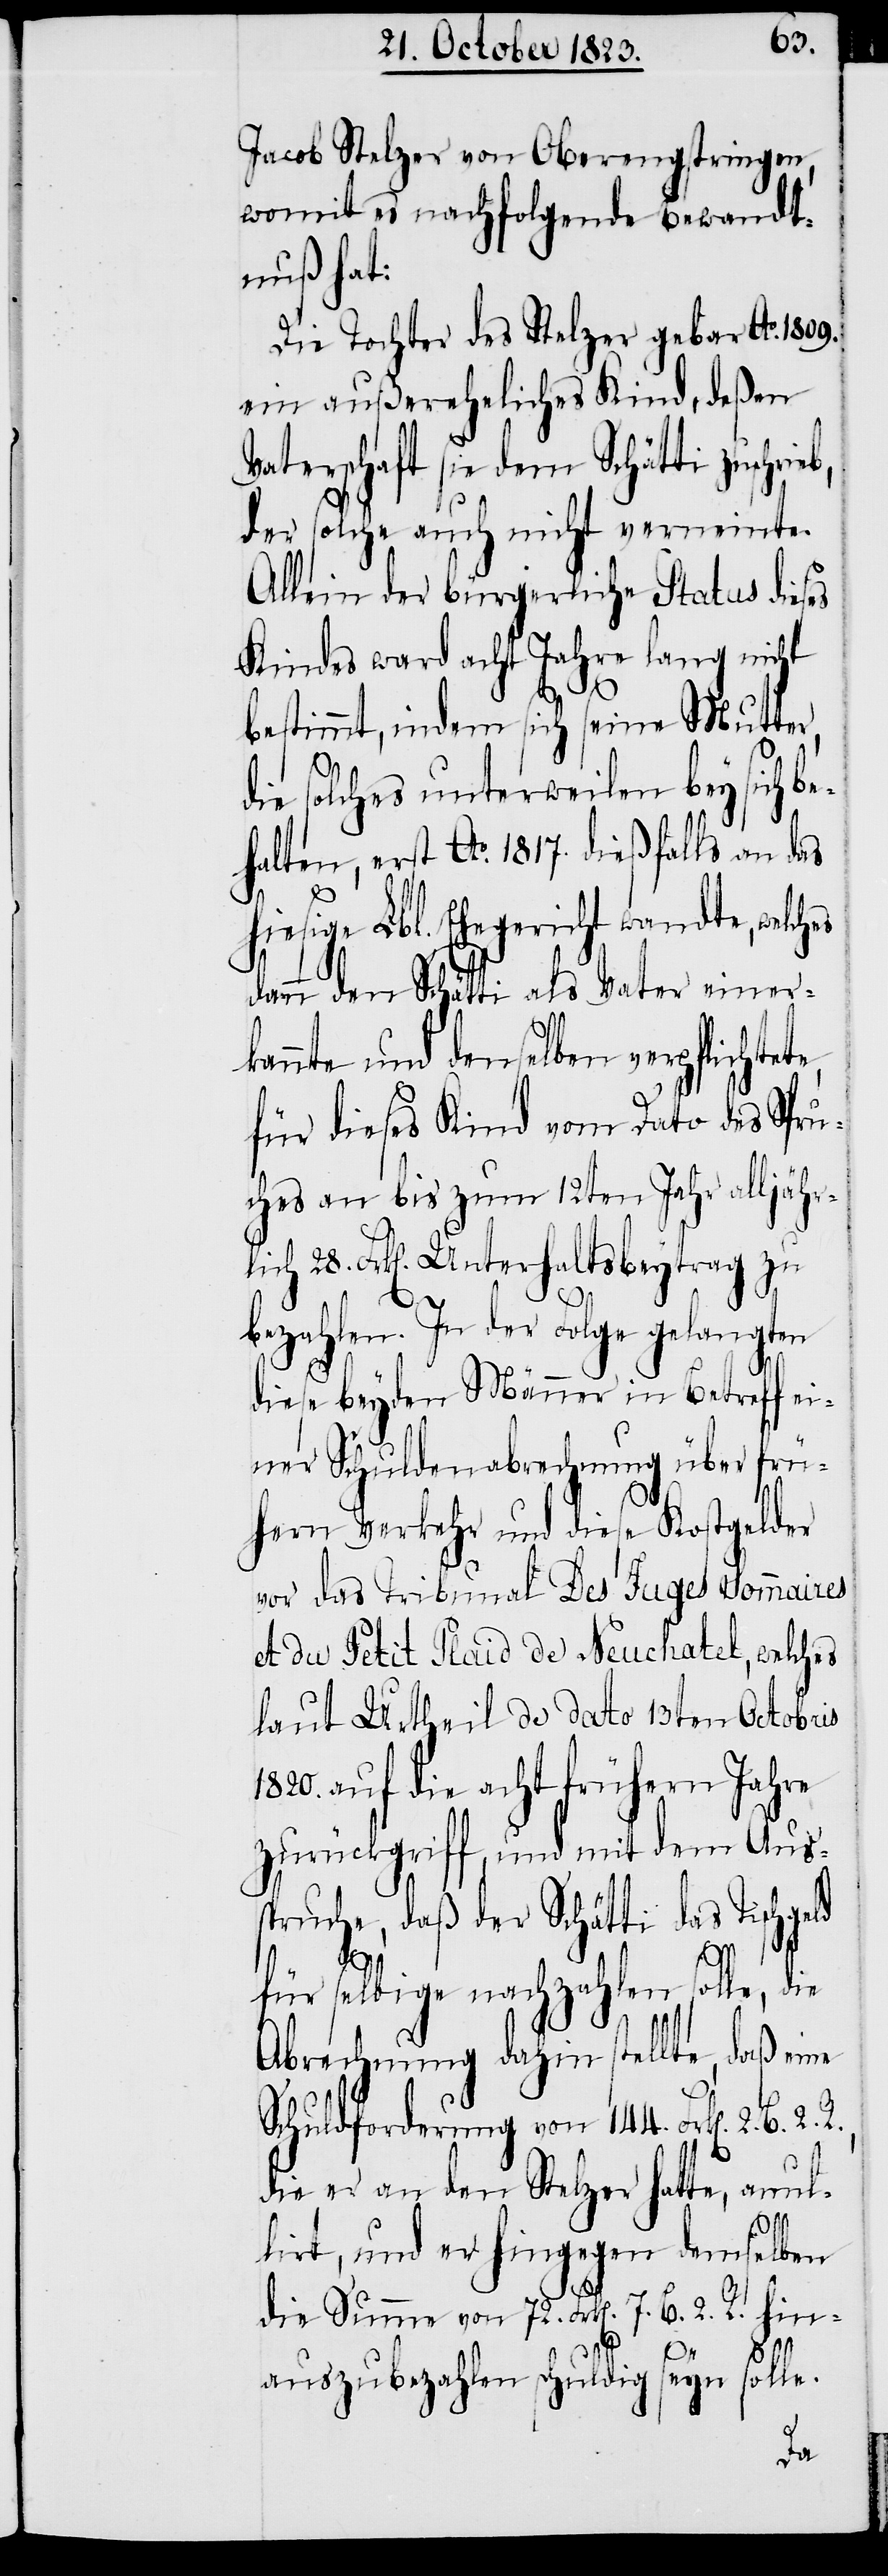
Jacob Stelzer von Oberengstringen,
womit es nachfolgende Bewandt¬
nuß hat:
Die Tochter des Stelzer gebar Ao. 1809.
ein außereheliches Kind, deßen
Vaterschaft sie dem Schätti zuschri¬
der solche auch nicht verneinte.
Allein der bürgerliche Status dieses
Kindes ward acht Jahre lang nicht
bestimmt, indem sich seine Mutter,
B.
die solches unterweilen bey sich b¬
ehalten, erst Ao. 1817. dießfalls an das
hiesige Lbl. Ehegericht wandte, welches
dann den Schätti als Vater einer¬
kannte und denselben verpflichtet¬
für dieses Kind vom Dato des Spru¬
ches an bis zum 12ten Jahr alljähr¬
lich 28. Frk[en]. Unterhaltsbeytrag zu
bezahlen. In der Folge gelangten
diese beyden Männer in Betreff ei¬
ner Schuldenabrechnung über frü¬
hern Verkehr und diese Kostgelder
vor das Tribunal Des Juges Sommaires
et du Petit Plaid de Neuchatel, welches
laut Urtheil de dato 13ten Octobris
1820. auf die acht frühern Jahre
zurückgriff, und mit dem Aus¬
spruche, daß der Schätti das Tischgeld
für selbige nachzahlen solle, die
Abrechnung dahin stellte, daß ei¬
Schuldforderung von 144. Frk[en]. 2.
die er an den Stelzer hatte, anul¬
eb,
lirt, und er hingegen demselben
die Summe von 72. Frk[en]. 7. B. 2. R. hin¬
2. R.,
auszubezahlen schuldig seyn solle.